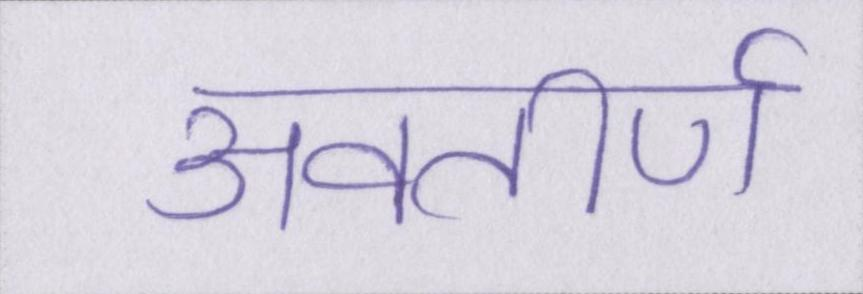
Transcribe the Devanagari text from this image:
अवतीर्ण